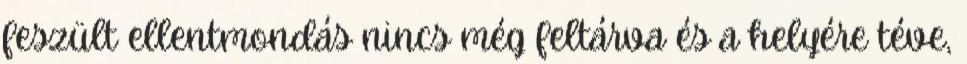
feszült ellentmondás nincs még feltárva és a helyére téve,